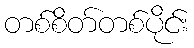
တစ်စိတ်တစ်ပိုင်း